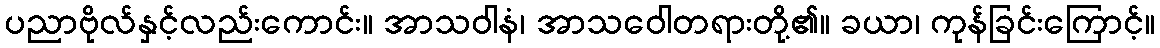
ပညာဗိုလ်နှင့်လည်းကောင်း။ အာသဝါနံ၊ အာသဝေါတရားတို့၏။ ခယာ၊ ကုန်ခြင်းကြောင့်။